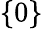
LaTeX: \{ 0\}